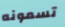
تسمونه